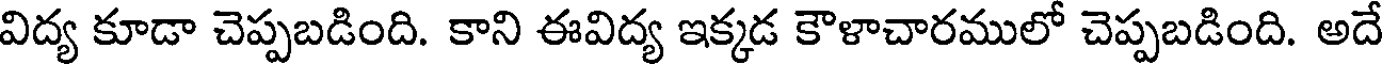
విద్య కూడా చెప్పబడింది. కాని ఈవిద్య ఇక్కడ కౌళాచారములో చెప్పబడింది. అదే